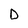
Character: D